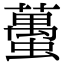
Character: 蠆